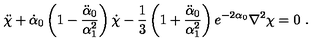
\ddot { \chi } + \dot { \alpha } _ { 0 } \left( 1 - \frac { \ddot { \alpha } _ { 0 } } { \alpha _ { 1 } ^ { 2 } } \right) \dot { \chi } - \frac { 1 } { 3 } \left( 1 + \frac { \ddot { \alpha } _ { 0 } } { \alpha _ { 1 } ^ { 2 } } \right) e ^ { - 2 \alpha _ { 0 } } \nabla ^ { 2 } \chi = 0 \ .